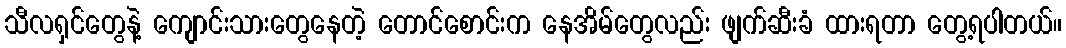
သီလရှင်တွေနဲ့ ကျောင်းသားတွေနေတဲ့ တောင်စောင်းက နေအိမ်တွေလည်း ဖျက်ဆီးခံ ထားရတာ တွေ့ရပါတယ်။